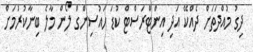
ދިގު މުއްދަތަށް ދެއްކޭ އަދި އިންޓްރަސްޓް ކުޑަ ހައުސިންގް ލޯން މާލެ ބިނާކުރުމަށް